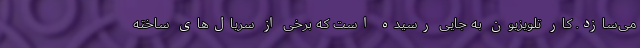
می‌سازد. کار تلویزیون به جایی رسیده است که برخی از سریال‌‌های ساخته